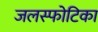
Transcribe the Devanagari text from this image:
जलस्फोटिका